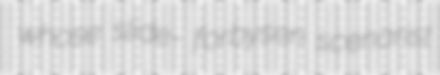
whose slide- forbysen scenarist